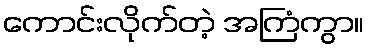
ကောင်းလိုက်တဲ့ အကြံကွာ။